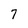
Character: 7